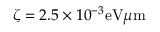
\zeta = 2 . 5 \times 1 0 ^ { - 3 } \mathrm { e V } \mu \mathrm { m }